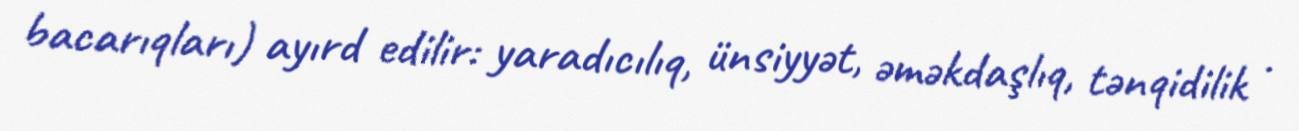
bacarıqları) ayırd edilir: yaradıcılıq, ünsiyyət, əməkdaşlıq, tənqidilik .